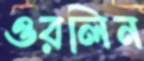
ওরলিন